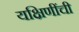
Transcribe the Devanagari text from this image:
यक्षिणींची